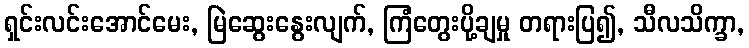
ရှင်းလင်းအောင်မေး, မြဲဆွေးနွေးလျက်, ကြံတွေးပို့ချမှု တရားပြ၍, သီလသိက္ခာ,